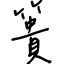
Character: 簣